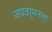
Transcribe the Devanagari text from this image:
जयवर्मनला